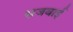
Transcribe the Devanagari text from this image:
सजवाई